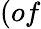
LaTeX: (of